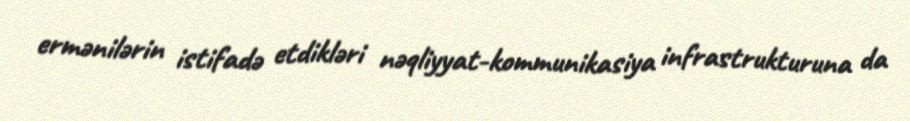
ermənilərin istifadə etdikləri nəqliyyat-kommunikasiya infrastrukturuna da